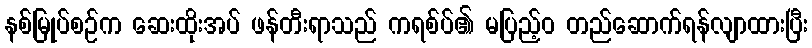
နစ်မြုပ်စဉ်က ဆေးထိုးအပ် ဖန်တီးရာသည် ကရစ်ပ်၏ မပြည့်ဝ တည်ဆောက်ရန်လျာထားပြီး